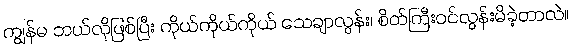
ကျွန်မ ဘယ်လိုဖြစ်ပြီး ကိုယ်ကိုယ်ကိုယ် သေချာလွန်း၊ စိတ်ကြီးဝင်လွန်းမိခဲ့တာလဲ။